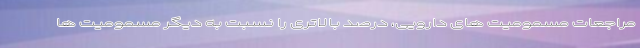
مراجعات مسمومیت های دارویی، درصد بالاتری را نسبت به دیگر مسمومیت ها